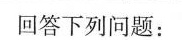
回答下列问题：